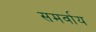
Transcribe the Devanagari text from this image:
समर्वाय